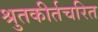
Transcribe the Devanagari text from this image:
श्रुतकीर्तचरित